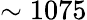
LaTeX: \sim 1075